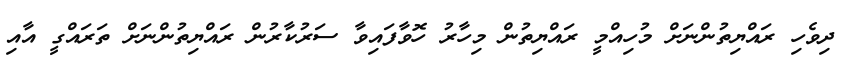
ދިވެހި ރައްޔިތުންނަށް މުހިއްމީ ރައްޔިތުން މިހާރު ހޮވާފައިވާ ސަރުކާރުން ރައްޔިތުންނަށް ތަރައްގީ އާއި